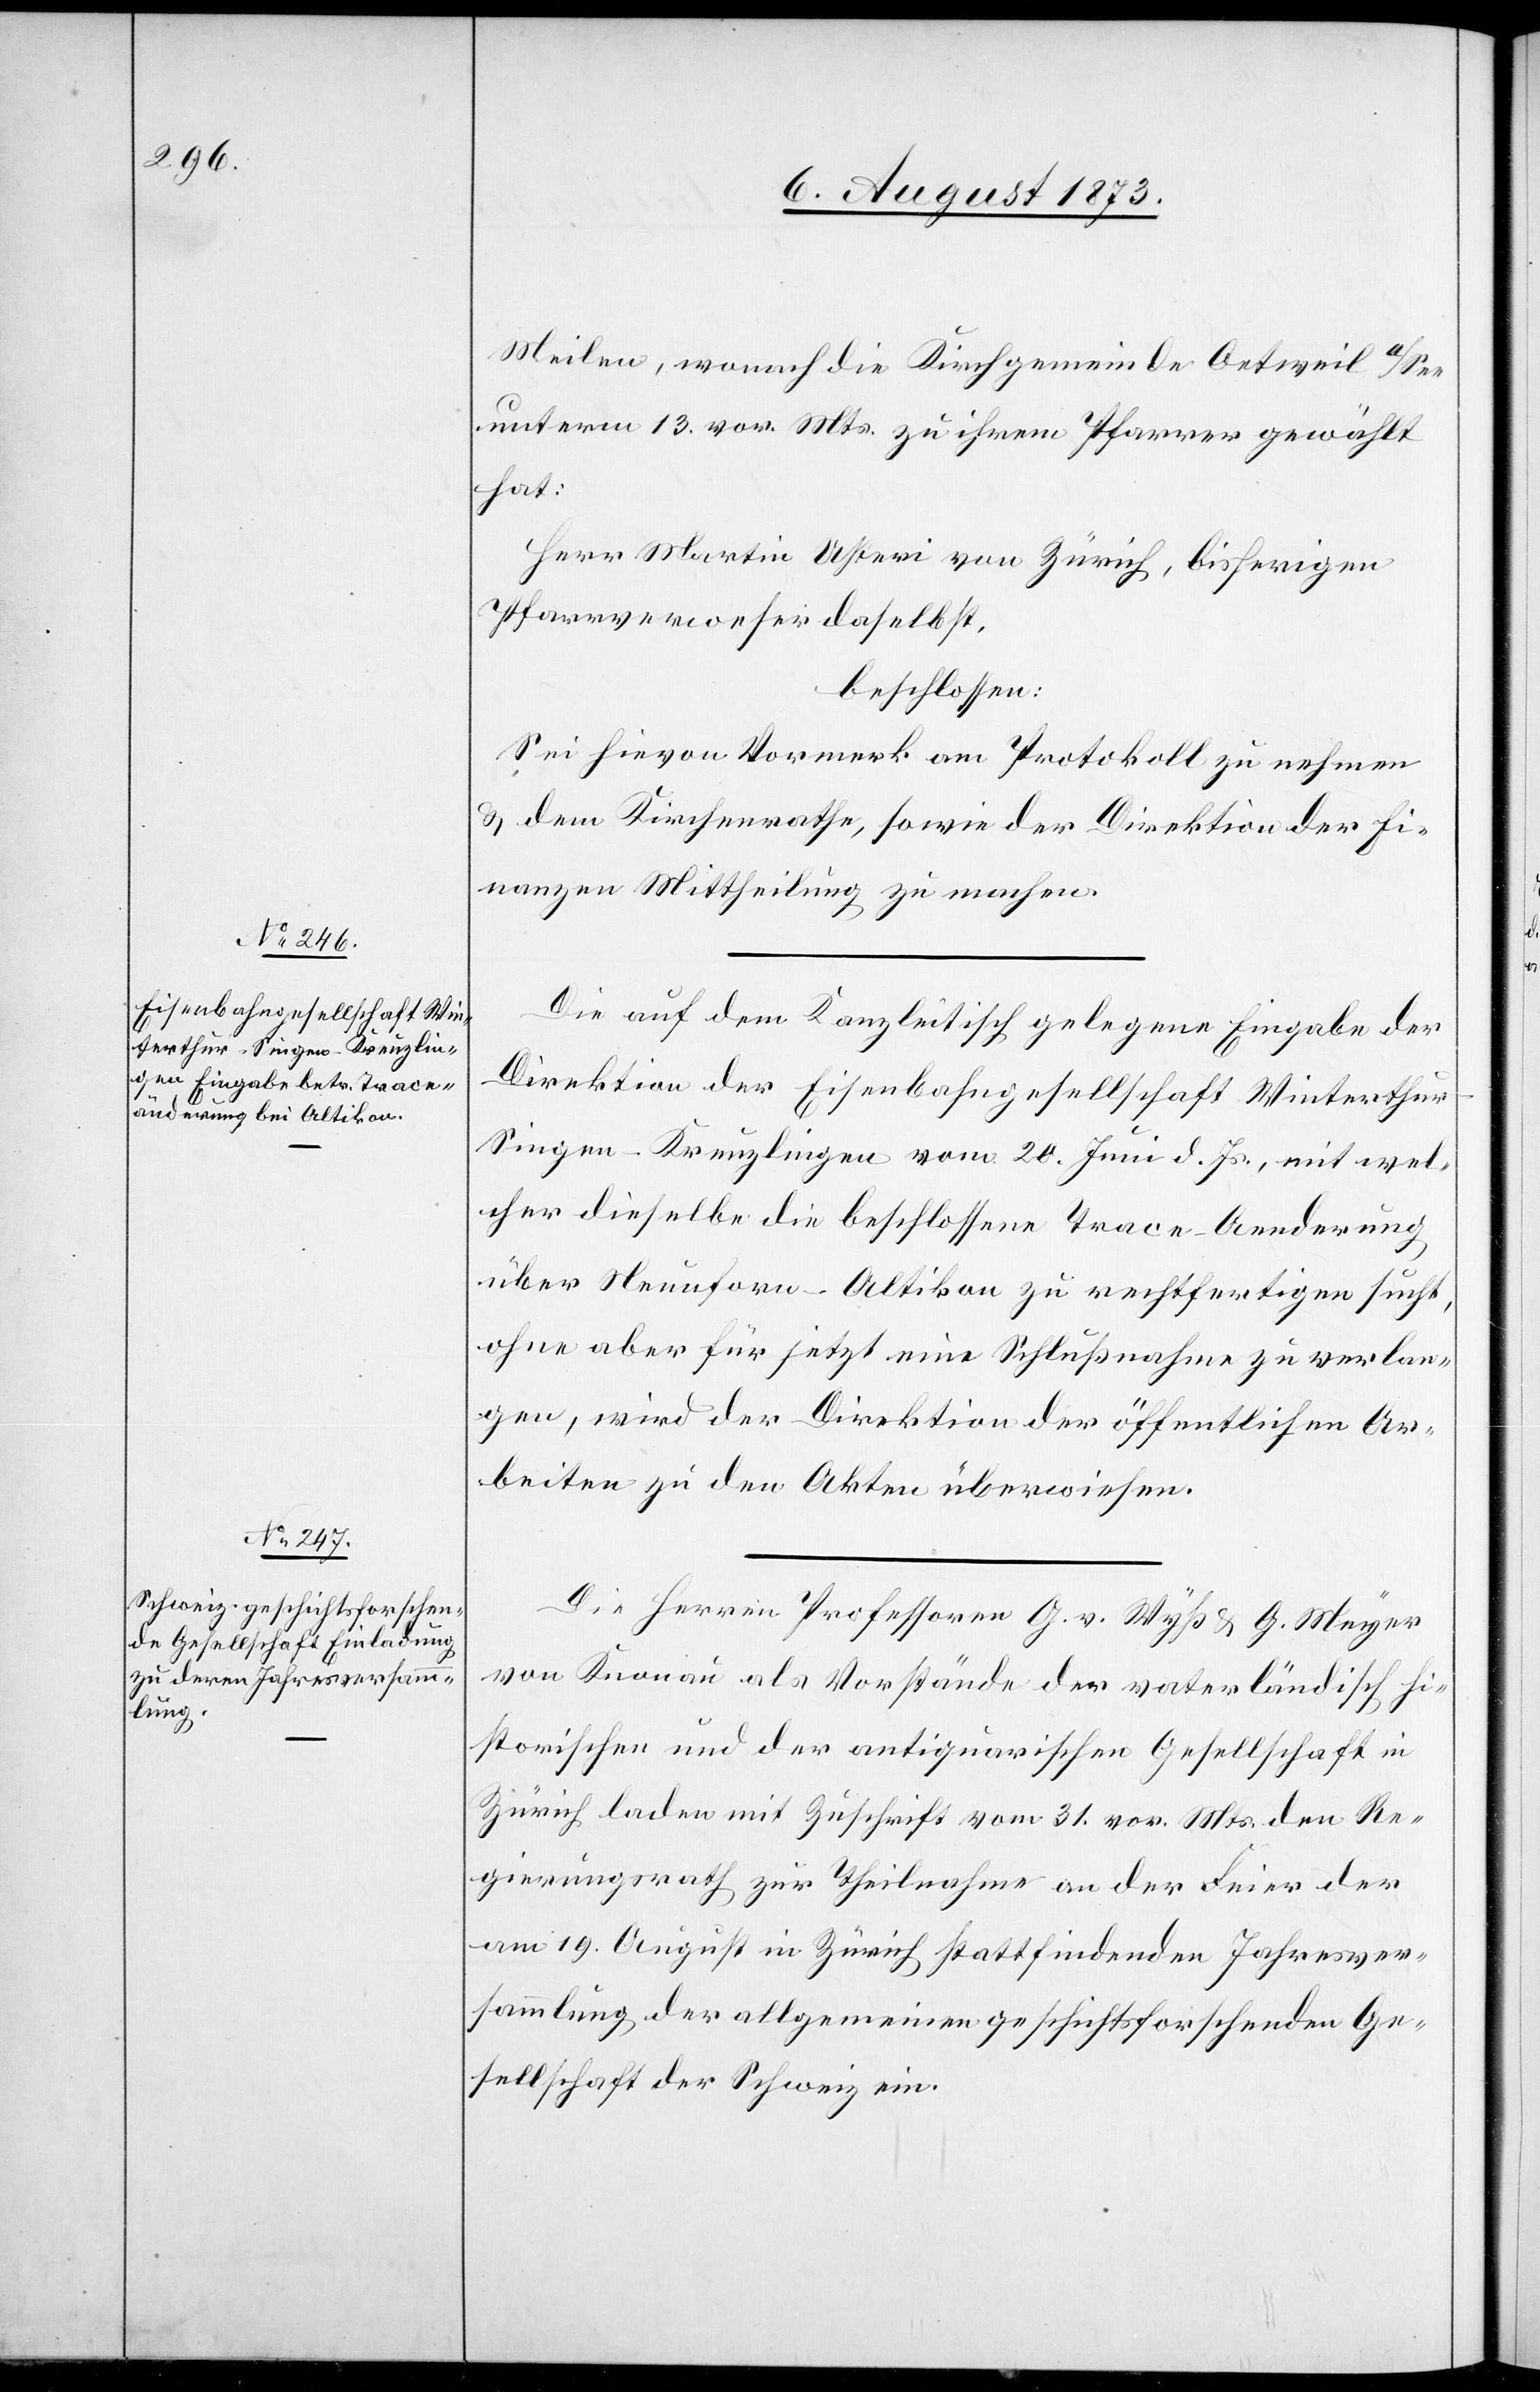
Meilen, wonach die Kirchgemeinde Oetweil a/See
unterm 13. vor. Mts. zu ihrem Pfarrer gewählt
hat:
Herr Martin Usteri von Zürich, bisherigen
Pfarrverweser daselbst,
beschlossen:
Sei hievon Vormerk am Protokoll zu nehmen
& dem Kirchenrathe, sowie der Direktion der Fi¬
nanzen Mittheilung zu machen.
Die auf dem Kanzleitisch gelegene Eingabe der
Direktion der Eisenbahngesellschaft Winterthu¬
r–Singen–Kreuzlingen vom 20. Juni d. Js., mit wel¬
cher dieselbe die beschlossene Trace-Aenderung
über Neunforn–Altikon zu rechtfertigen sucht,
ohne aber für jetzt eine Schlußnahme zu verlan¬
gen, wird der Direktion der öffentlichen Ar¬
beiten zu den Akten überwiesen.
Die Herren Professoren G. v. Wyß & G. Meyer
von Knonau als Vorstände der vaterländisch hi¬
storischen und der antiquarischen Gesellschaft in
Zürich laden mit Zuschrift vom 31. vor. Mts. den Re¬
gierungsrath zur Theilnahme an der Feier der
am 19. August in Zürich stattfindenden Jahresver¬
sammlung der allgemeinen geschichtsforschenden Ge¬
sellschaft der Schweiz ein.